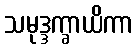
သမုဒ္ဒက္ခာယိကာ